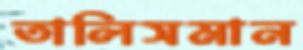
তালিসমান